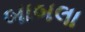
બાબલા